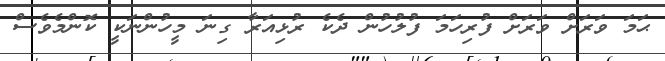
ޙަމަ ވަރަށް ވަަރަށް ފުރިހަމަ ފުލުހުން ދެކެ ރުޅިއަރާ ގިނަ މީހުންނަކީ ކޮންމެވެސް